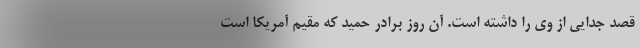
قصد جدایی از وی را داشته است. آن روز برادر حمید که مقیم آمریکا است